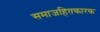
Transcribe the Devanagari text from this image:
समाजहितकारक